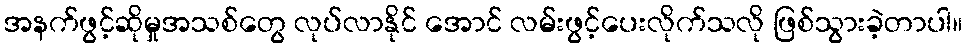
အနက်ဖွင့်ဆိုမှုအသစ်တွေ လုပ်လာနိုင် အောင် လမ်းဖွင့်ပေးလိုက်သလို ဖြစ်သွားခဲ့တာပါ။